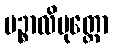
ပဉ္စာလိပုတ္တော